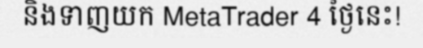
និងទាញយក MetaTrader 4 ថ្ងៃនេះ!